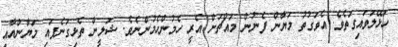
ހަޅޭލަވައިގަތެވެ. އެވަގުތު މަޔާން ފެނުން މައްޗަށް އެރީ ހެމުންހެމުންނެވެ. ޝަލީން ތެޅިގަނެފައި މަޔާންއާއި